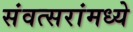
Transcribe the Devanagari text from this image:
संवत्सरांमध्ये